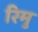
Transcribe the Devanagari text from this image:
रिमु